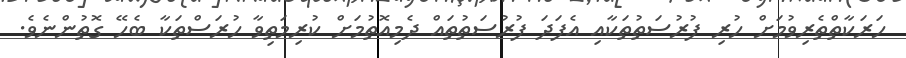
ހަރަކާތްތެރިވުމަށް ހުރި ފުރުސަތުތަކާއި އެފަދަ ފުރުސަތުތައް ދެމިއޮތުމަށް ކުރިމަތިވާ ހުރަސްތަކާ ބެހޭ ގޮތުންނެވެ.